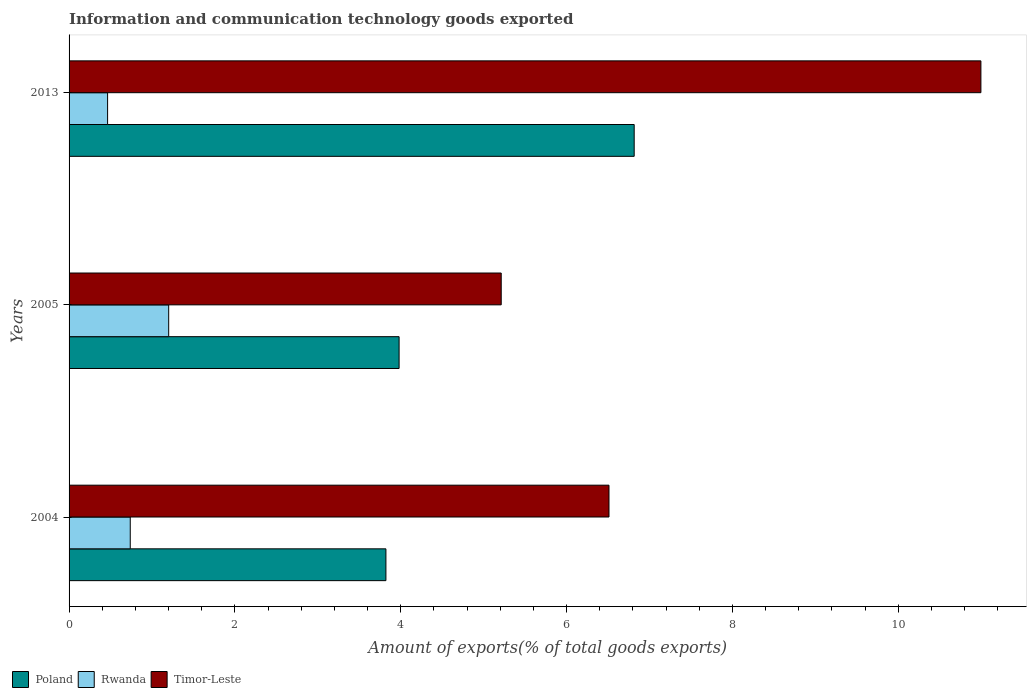
| Years | Poland | Rwanda | Timor-Leste |
 | --- | --- | --- | --- |
 | 2004 | 3.82 | 0.738 | 6.51 |
 | 2005 | 3.98 | 1.2 | 5.21 |
 | 2013 | 6.82 | 0.465 | 11 |